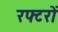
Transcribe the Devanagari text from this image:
रफ्टरों